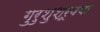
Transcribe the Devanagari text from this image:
गुरुशुश्रूषया